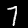
Digit: 7